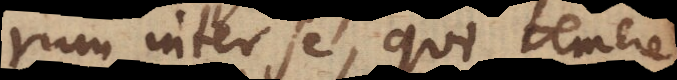
rum inter se, qui temere